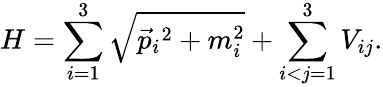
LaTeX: H=\sum_{i=1}^{3}\sqrt{\vec{p}_{i}{}^{2}+m_{i}^{2}}+\sum_{i<j=1}^{3}V_{ij}.